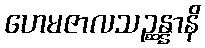
ဟေမဇာလသဉ္ဆန္နာနိ